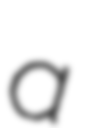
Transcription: a